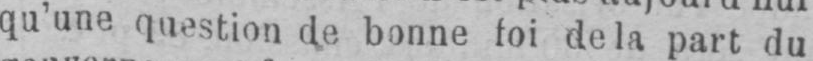
qu’une question de bonne foi de la part du